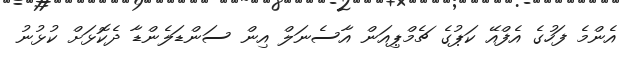
އެންމެ ފަހުގެ އެފްއޭ ކަޕުގެ ޗެމްޕިއަން އާސެނަލް އިން ސަންޑަލެންޑާ ދެކޮޅަށް ކުޅުނު